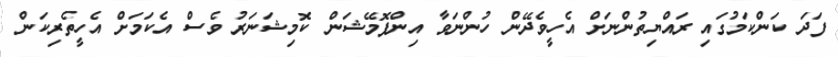
ފަދަ ކަންކަމުގައި ރައްޔިތުންނަށް އެހީވެދޭން ހުންނަވާ އިންފޮމޭޝަން ކޮމިޝަނަރު ވެސް އެކަމަށް އެހީތެރިކަން